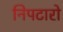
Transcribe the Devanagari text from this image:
निपटारो